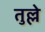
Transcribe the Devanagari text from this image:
तुल्ले